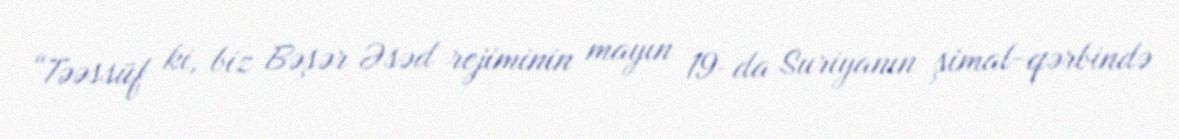
“Təəssüf ki, biz Bəşər Əsəd rejiminin mayın 19-da Suriyanın şimal-qərbində